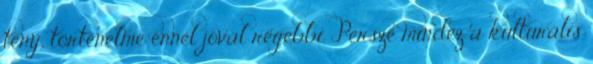
tény, történelme ennél jóval régebbi. Persze mindez a kulturális